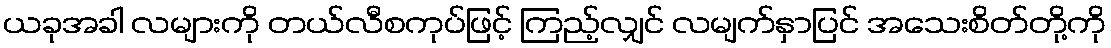
ယခုအခါ လများကို တယ်လီစကုပ်ဖြင့် ကြည့်လျှင် လမျက်နှာပြင် အသေးစိတ်တို့ကို